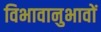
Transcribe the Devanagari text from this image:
विभावानुभावों